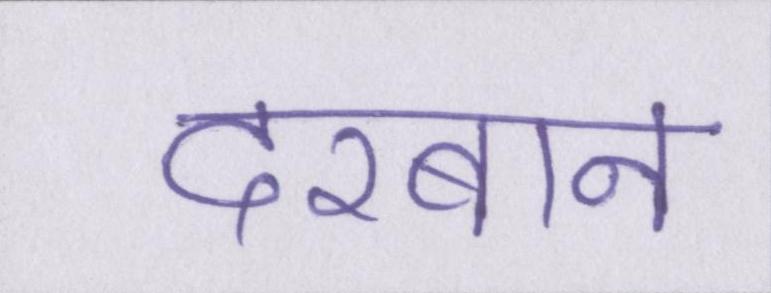
दरबान